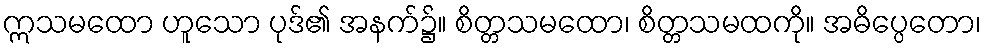
ဣသမထော ဟူသော ပုဒ်၏ အနက်၌။ စိတ္တသမထော၊ စိတ္တသမထကို။ အဓိပ္ပေတော၊